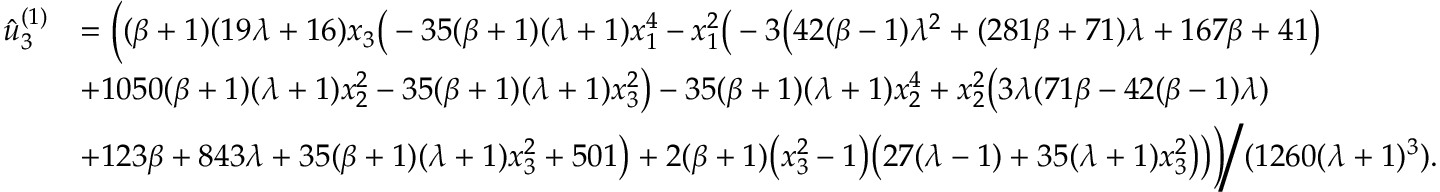
\begin{array} { r l } { \hat { u } _ { 3 } ^ { ( 1 ) } } & { = \bigg ( ( \beta + 1 ) ( 1 9 \lambda + 1 6 ) x _ { 3 } \big ( - 3 5 ( \beta + 1 ) ( \lambda + 1 ) x _ { 1 } ^ { 4 } - x _ { 1 } ^ { 2 } \big ( - 3 \big ( 4 2 ( \beta - 1 ) \lambda ^ { 2 } + ( 2 8 1 \beta + 7 1 ) \lambda + 1 6 7 \beta + 4 1 \big ) } \\ & { + 1 0 5 0 ( \beta + 1 ) ( \lambda + 1 ) x _ { 2 } ^ { 2 } - 3 5 ( \beta + 1 ) ( \lambda + 1 ) x _ { 3 } ^ { 2 } \big ) - 3 5 ( \beta + 1 ) ( \lambda + 1 ) x _ { 2 } ^ { 4 } + x _ { 2 } ^ { 2 } \big ( 3 \lambda ( 7 1 \beta - 4 2 ( \beta - 1 ) \lambda ) } \\ & { + 1 2 3 \beta + 8 4 3 \lambda + 3 5 ( \beta + 1 ) ( \lambda + 1 ) x _ { 3 } ^ { 2 } + 5 0 1 \big ) + 2 ( \beta + 1 ) \big ( x _ { 3 } ^ { 2 } - 1 \big ) \big ( 2 7 ( \lambda - 1 ) + 3 5 ( \lambda + 1 ) x _ { 3 } ^ { 2 } \big ) \big ) \bigg ) \Bigg / ( 1 2 6 0 ( \lambda + 1 ) ^ { 3 } ) . } \end{array}